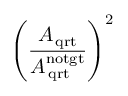
\left( \frac { A \mathrm { _ { \, q r t } } } { A \mathrm { _ { \, q r t } ^ { n o t g t } } } \right) ^ { 2 }